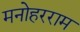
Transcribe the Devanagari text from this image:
मनोहरराम